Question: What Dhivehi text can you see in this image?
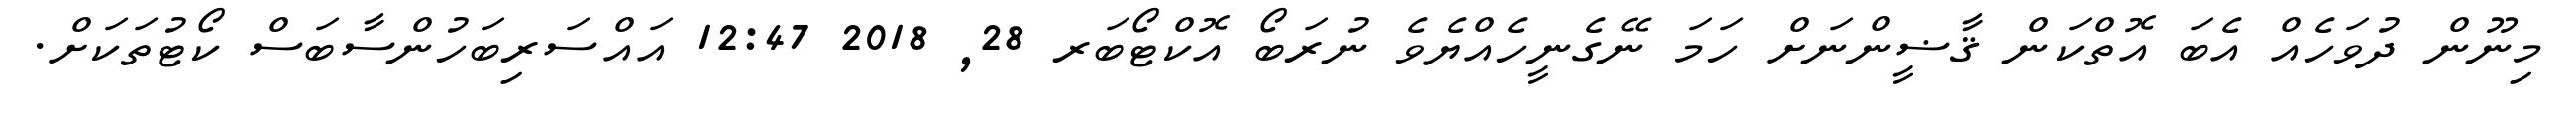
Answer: މިނޫން ދުވަހެއް އެބަ އޮތްކަން ޤާޟީންނަށް ހަމަ ނޭގެނީހެއްޔެވެ ނުރަބޯ އޮކްޓޯބަރ 28, 2018 12:47 އައްސަރިބަހުންސާބަސް ކޯޓުތަކަށް.